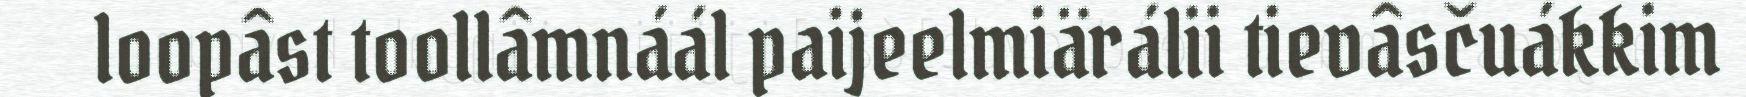
loopâst toollâmnáál paijeelmiärálii tievâsčuákkim